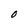
Character: O